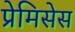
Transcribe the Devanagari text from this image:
प्रेमिसेस